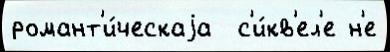
романт'и́ческаjа  с'и́кв'ел'е н'е